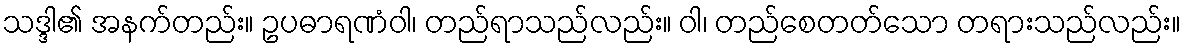
သဒ္ဒါ၏ အနက်တည်း။ ဥပဓာရဏံဝါ၊ တည်ရာသည်လည်း။ ဝါ၊ တည်စေတတ်သော တရားသည်လည်း။